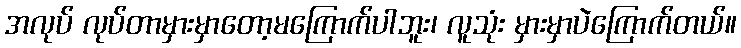
အလုပ် လုပ်တာမှားမှာတော့မကြောက်ပါဘူး၊ လူသုံး မှားမှာပဲကြောက်တယ်။